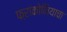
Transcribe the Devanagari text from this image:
फ्रांकोनियाचा